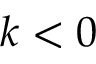
k < 0